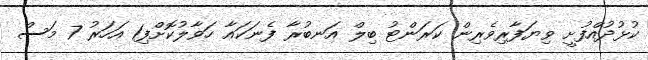
ކުޅުދުއްފުށީ ވިޔަފާރިވެރިން ކަރަންޓު ބިލް އަނބުރާ ފެނަކައާ ހަވާލުކޮށްފި1 އަހަރު 7 މަސް